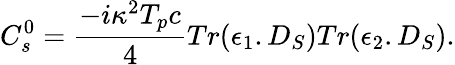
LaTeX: C_{s}^{0}={\frac{-i\kappa^{2}T_{p}c}{4}}Tr(\epsilon_{1}.D_{S})Tr(\epsilon_{2}.D_{S}).